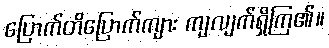
ပြောက်တိပြောက်ကျား ကျလျက်ရှိကြ၏။